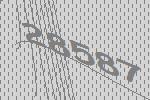
28587